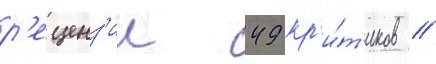
р'еценз'ии 49 кр'и́т'иков //